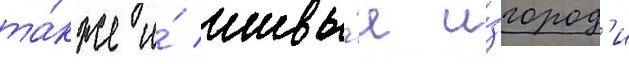
та́кже и́ живы́е и́згород'и